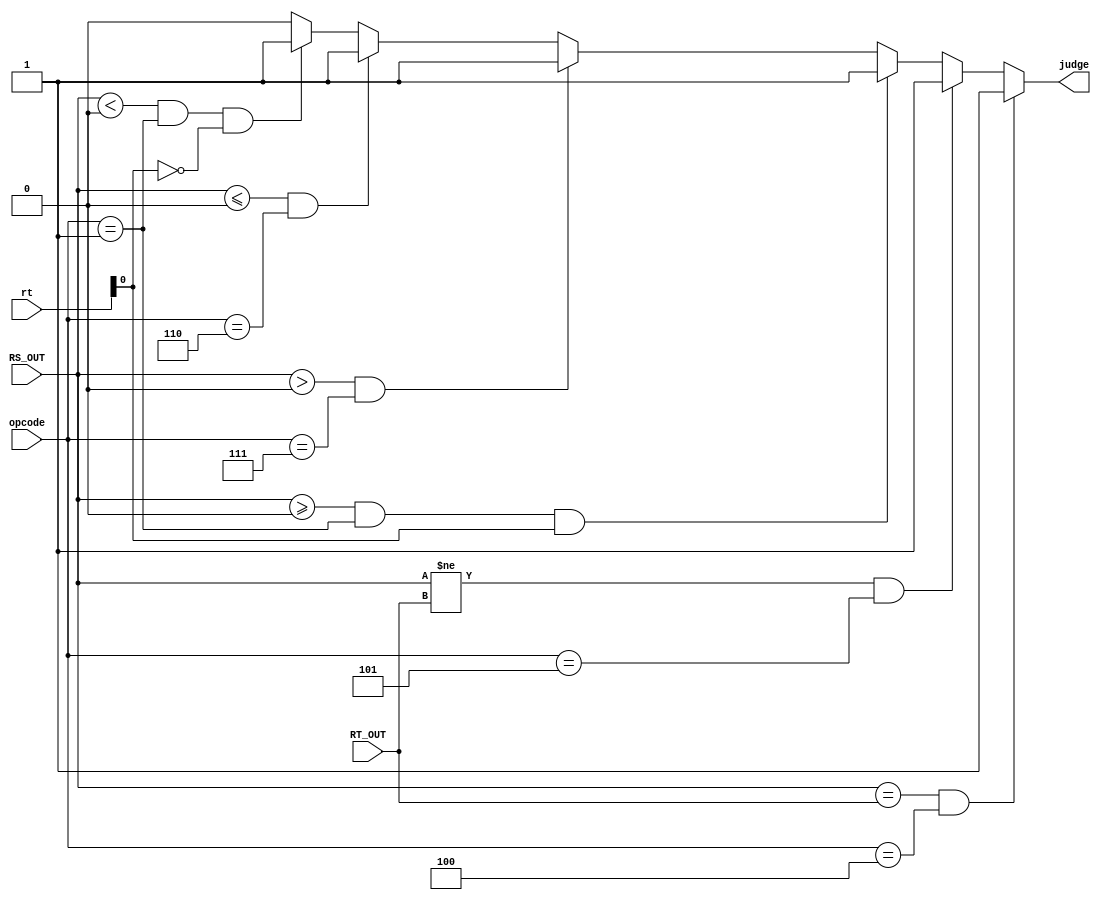
module compare(
    input [31:0] RS_OUT,
    input [31:0] RT_OUT,
    input [5:0] opcode,
	 input [4:0] rt,
	 output judge
    );
	 assign judge=(RS_OUT==RT_OUT&&opcode==6'b000100)?1://beq
					  (RS_OUT!=RT_OUT&&opcode==6'b000101)?1://bne
					  ($signed(RS_OUT)>=0&&opcode==6'b000001&&rt[0])?1://bgez
					  ($signed(RS_OUT)>0&&opcode==6'b000111)?1://bgtz
					  ($signed(RS_OUT)<=0&&opcode==6'b000110)?1://blez
					  ($signed(RS_OUT)<0&&opcode==6'b000001&&!rt[0])?1://bltz
						0;			  

endmodule